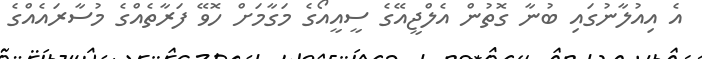
އެ އިއުލާނުގައި ބުނާ ގޮތުން އެލްޖީއޭގެ ސީއީއޯގެ މަގާމަށް ހޮވޭ ފަރާތެއްގެ މުސާރައެއްގެ